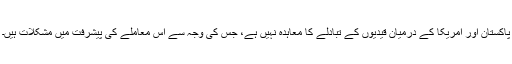
پاکستان اور امریکا کے درمیان قیدیوں کے تبادلے کا معاہدہ نہیں ہے، جس کی وجہ سے اس معاملے کی پیشرفت میں مشکلات ہیں۔